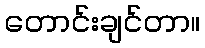
တောင်းချင်တာ။